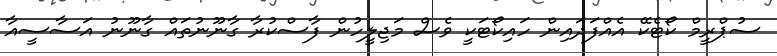
ސުޕްރީމް ކޯޓެކޭ އެއްފަދައިން ހައިކޯޓަކީ ވެސް މަޖިލީހުން ފާސްކުރާ ގާނޫނުތައް ގާނޫނު އަސާސީއާ